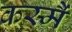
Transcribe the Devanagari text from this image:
कस्मै॑